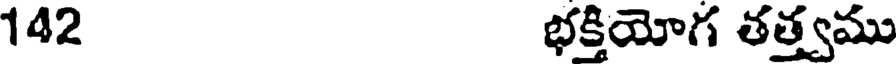
142 భక్తియోగ తత్త్వము